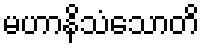
မဟာနိသံသောတိ